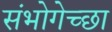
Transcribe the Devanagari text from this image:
संभोगेच्छा